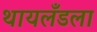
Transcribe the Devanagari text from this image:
थायलँडला